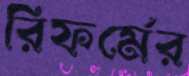
রিফর্মের